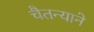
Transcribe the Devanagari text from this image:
चैतन्याने